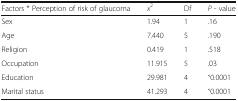
| Factors * Perception of risk of glaucoma | x2 | Df | P - value |
 | --- | --- | --- | --- |
 | Sex | 1.94 | 1 | .16 |
 | Age | 7.440 | 5 | .190 |
 | Religion | 0.419 | 1 | .518 |
 | Occupation | 11.915 | 5 | .03 |
 | Education | 29.981 | 4 | ˂0.0001 |
 | Marital status | 41.293 | 4 | ˂0.0001 |